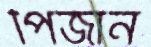
পিঁজান